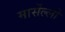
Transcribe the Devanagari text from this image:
मार्सेल्लो